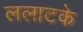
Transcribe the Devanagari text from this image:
ललाटके